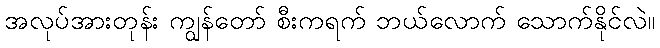
အလုပ်အားတုန်း ကျွန်တော် စီးကရက် ဘယ်လောက် သောက်နိုင်လဲ။